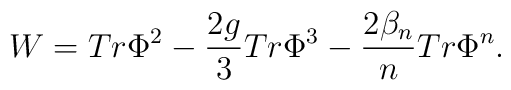
W = Tr \Phi^2 - \frac{2g}{3} Tr\Phi^3 - \frac{2 \beta_n}{n} Tr \Phi^n .